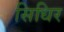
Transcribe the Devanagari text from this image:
सिधिर